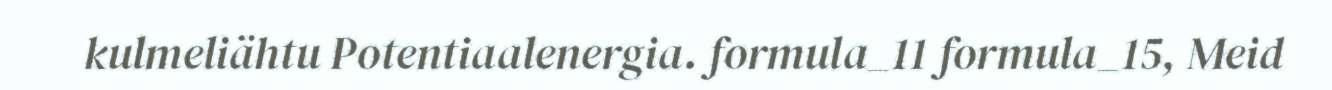
kulmeliähtu Potentiaalenergia. formula_11 formula_15, Meid